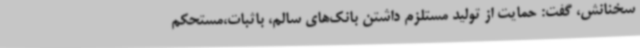
سخنانش، گفت: حمایت از تولید مستلزم داشتن بانک‌های سالم، باثبات،مستحکم